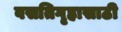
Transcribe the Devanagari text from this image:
वसतिगृहासाठी